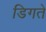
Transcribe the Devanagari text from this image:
डिगते